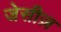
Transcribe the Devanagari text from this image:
जेसीज़